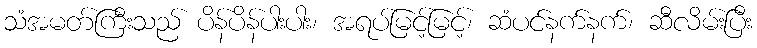
သံအမတ်ကြီးသည် ပိန်ပိန်ပါးပါး၊ အရပ်မြင့်မြင့်၊ ဆံပင်နက်နက်၊ ဆီလိမ်းပြီး